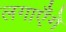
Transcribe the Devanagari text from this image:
लगाएँगे